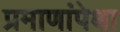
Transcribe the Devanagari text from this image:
प्रमाणांपेक्षा